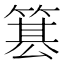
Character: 𥱕